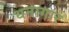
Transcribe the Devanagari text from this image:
धनागार